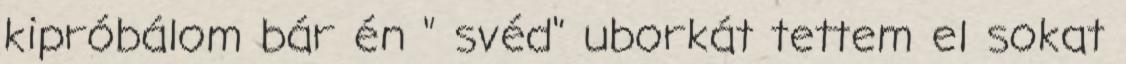
kipróbálom bár én " svéd" uborkát tettem el sokat